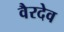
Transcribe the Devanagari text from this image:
वैरदेव